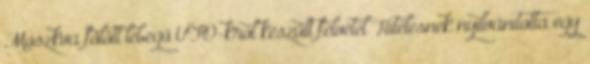
Moszkva fölött lebegő UFO-król készült felvétel Hitelesnek nyilvánította egy